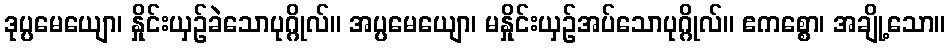
ဒုပ္ပမေယျော၊ နှိုင်းယှဉ်ခဲသောပုဂ္ဂိုလ်။ အပ္ပမေယျော၊ မနှိုင်းယှဉ်အပ်သောပုဂ္ဂိုလ်။ ဧကစ္စော၊ အချို့သော။